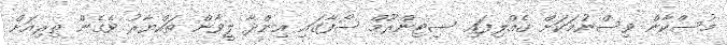
މުސްކާން ވިސްނުމަކަށް ގެއްލިފައި ސިޓިންރޫމް ސޯފާގައި އިންދާ ލީވާން ތައްޔާރު ވެގެން ތިރިއަށް